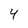
Character: 4